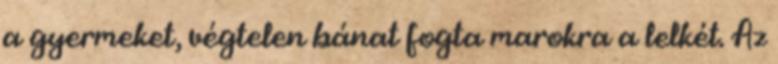
a gyermeket, végtelen bánat fogta marokra a lelkét. Az